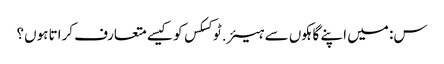
س: میں اپنے گاہکوں سے ہیئر.ٹوکسکس کو کیسے متعارف کراتا ہوں؟